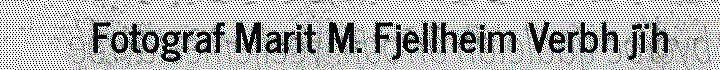
Fotograf Marit M. Fjellheim Verbh jïh